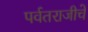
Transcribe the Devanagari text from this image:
पर्वतराजीचे